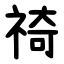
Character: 䄎